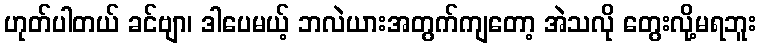
ဟုတ်ပါတယ် ခင်ဗျာ၊ ဒါပေမယ့် ဘလဲယားအတွက်ကျတော့ အဲသလို တွေးလို့မရဘူး